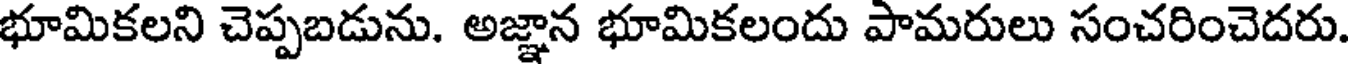
భూమికలని చెప్పబడును. అజ్ఞాన భూమికలందు పామరులు సంచరించెదరు.